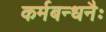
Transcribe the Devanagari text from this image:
कर्मबन्धनैः